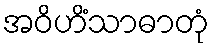
အဝိဟိံသာဓာတုံ